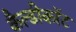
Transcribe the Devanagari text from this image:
कैल्डीकॉट